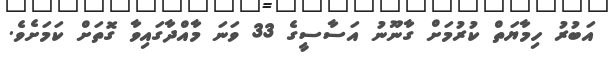
އަބުރު ހިމާޔަތް ކުރުމަށް ގާނޫނު އަސާސީގެ 33 ވަނަ މާއްދާގައިވާ ގޮތަށް ކަމަށެވެ.